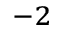
^ { - 2 }